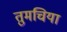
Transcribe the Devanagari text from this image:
तुमचिया